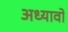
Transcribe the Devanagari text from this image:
अध्यावो